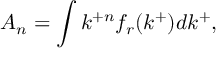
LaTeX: A _ { n } = \int k ^ { + n } f _ { r } ( k ^ { + } ) d k ^ { + } ,